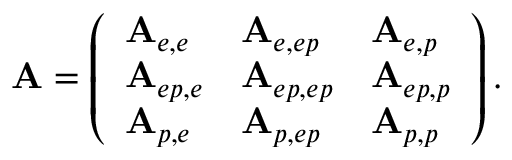
\mathbf { A } = \left( \begin{array} { l l l } { \mathbf { A } _ { e , e } } & { \mathbf { A } _ { e , e p } } & { \mathbf { A } _ { e , p } } \\ { \mathbf { A } _ { e p , e } } & { \mathbf { A } _ { e p , e p } } & { \mathbf { A } _ { e p , p } } \\ { \mathbf { A } _ { p , e } } & { \mathbf { A } _ { p , e p } } & { \mathbf { A } _ { p , p } } \end{array} \right) .